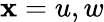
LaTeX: \mathbf{x}=u,w